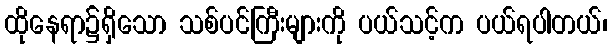
ထိုနေရာ၌ရှိသော သစ်ပင်ကြီးများကို ပယ်သင့်က ပယ်ရပါတယ်၊